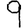
Digit: 9